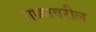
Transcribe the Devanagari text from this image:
गब्बावरील